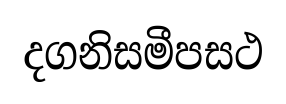
දගනිසමීපසථ